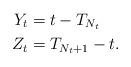
LaTeX: \begin{align*}Y_{t} & =t-T_{N_{t}}\\Z_{t} & =T_{N_{t}+1}-t.\end{align*}